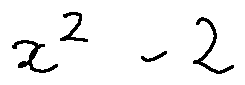
x ^ { 2 } - 2